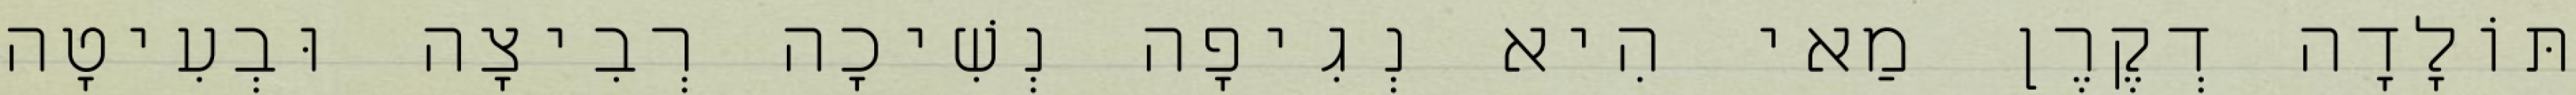
תּוֹלָדָה דְקֶרֶן מַאי הִיא נְגִיפָה נְשִׁיכָה רְבִיצָה וּבְעִיטָה